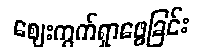
ဈေးကွက်ရှာဖွေခြင်း